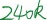
Text: 240K